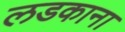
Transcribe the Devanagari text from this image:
लडकाना